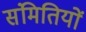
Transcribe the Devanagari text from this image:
संमितियों